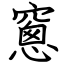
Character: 窻